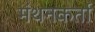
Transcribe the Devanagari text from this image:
मंथनकर्ता